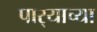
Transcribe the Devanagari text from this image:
पार्‍याच्या